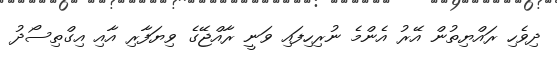
ދިވެހި ރައްޔިތުން އޭރު އެންމެ ނުރިހިފައި ވަނީ ރާއްޖޭގެ ވިޔަފާރި އާއި އިގްތިސޯދު